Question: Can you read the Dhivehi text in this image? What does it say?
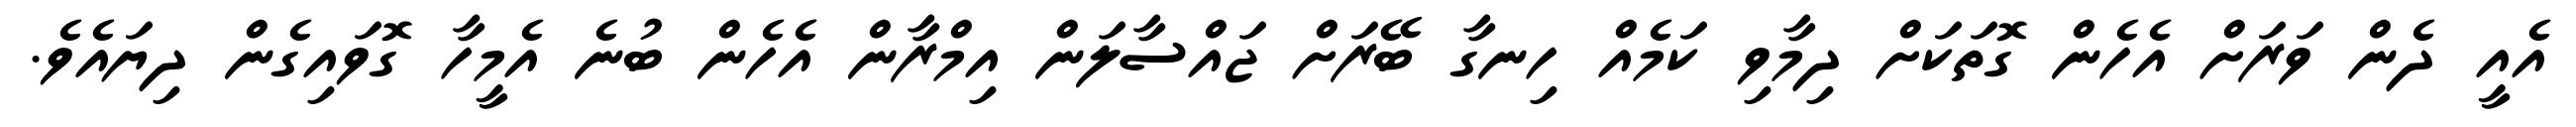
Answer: އެއީ ދެން ވަރަށް އެހެން ގޮތަކަށް ދިމާވި ކަމެއް ހިނގާ ބޭރަށް ޖައްސާލަން އިމްރާން އެހެން ބުނެ އެމީހާ ގޮވައިގެން ދިޔައެވެ.